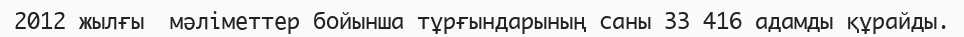
2012 жылғы  мәліметтер бойынша тұрғындарының саны 33 416 адамды құрайды.